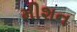
મીશન